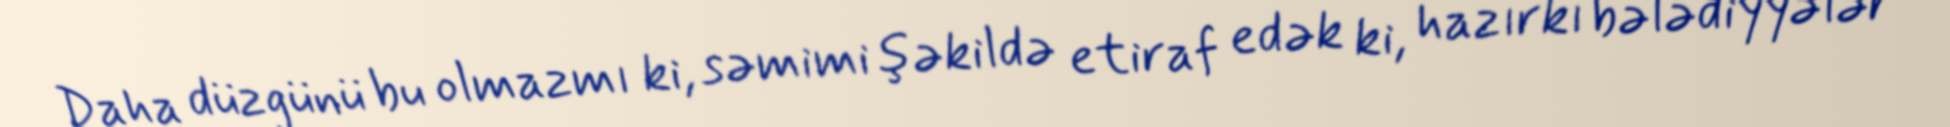
Daha düzgünü bu olmazmı ki, səmimi şəkildə etiraf edək ki, hazırkı bələdiyyələr